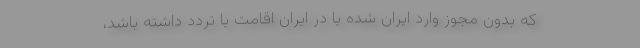
که بدون مجوز وارد ایران شده یا در ایران اقامت یا تردد داشته باشد،